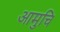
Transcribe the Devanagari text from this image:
आमुचि